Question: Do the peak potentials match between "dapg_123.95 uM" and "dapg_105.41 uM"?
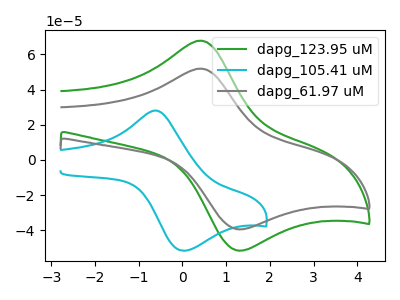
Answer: <think>The green curve "dapg_123.95 uM" has an anodic peak at (0.40V, 67.75uA) and a cathodic peak at (1.25V, -51.35uA). The cyan curve "dapg_105.41 uM" has an anodic peak at (-0.60V, 28.05uA) and a cathodic peak at (0.00V, -51.55uA). The gray curve "dapg_61.97 uM" has an anodic peak at (0.40V, 51.85uA) and a cathodic peak at (1.25V, -39.30uA).</think>
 <answer>No, "dapg_123.95 uM" and "dapg_105.41 uM" have at least one peak that does not match.</answer>
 <eval>mismatch</eval>